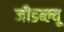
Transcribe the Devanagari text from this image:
जीडब्ल्यू